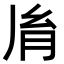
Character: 𦙍